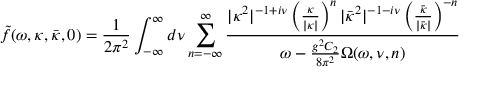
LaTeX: \tilde { f } ( \omega , \kappa , \bar { \kappa } , 0 ) = \frac { 1 } { 2 \pi ^ { 2 } } \int _ { - \infty } ^ { \infty } d \nu \sum _ { n = - \infty } ^ { \infty } { \frac { \vert \kappa ^ { 2 } \vert ^ { - 1 + i \nu } \left( { \frac { \kappa } { \vert \kappa \vert } } \right) ^ { n } \vert \bar { \kappa } ^ { 2 } \vert ^ { - 1 - i \nu } \left( { \frac { \bar { \kappa } } { \vert \bar { \kappa } \vert } } \right) ^ { - n } } { \omega - \frac { g ^ { 2 } C _ { 2 } } { 8 \pi ^ { 2 } } \Omega ( \omega , \nu , n ) } }